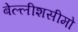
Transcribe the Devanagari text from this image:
बेल्लीशसीमो